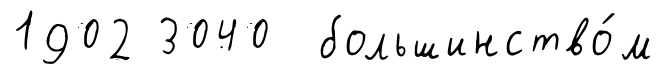
1902 3040 большинство́м